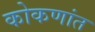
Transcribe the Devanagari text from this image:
कोकणांत